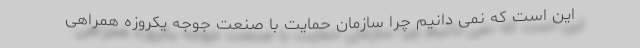
این است که نمی دانیم چرا سازمان حمایت با صنعت جوجه یکروزه همراهی